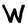
Character: W